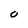
Character: 0